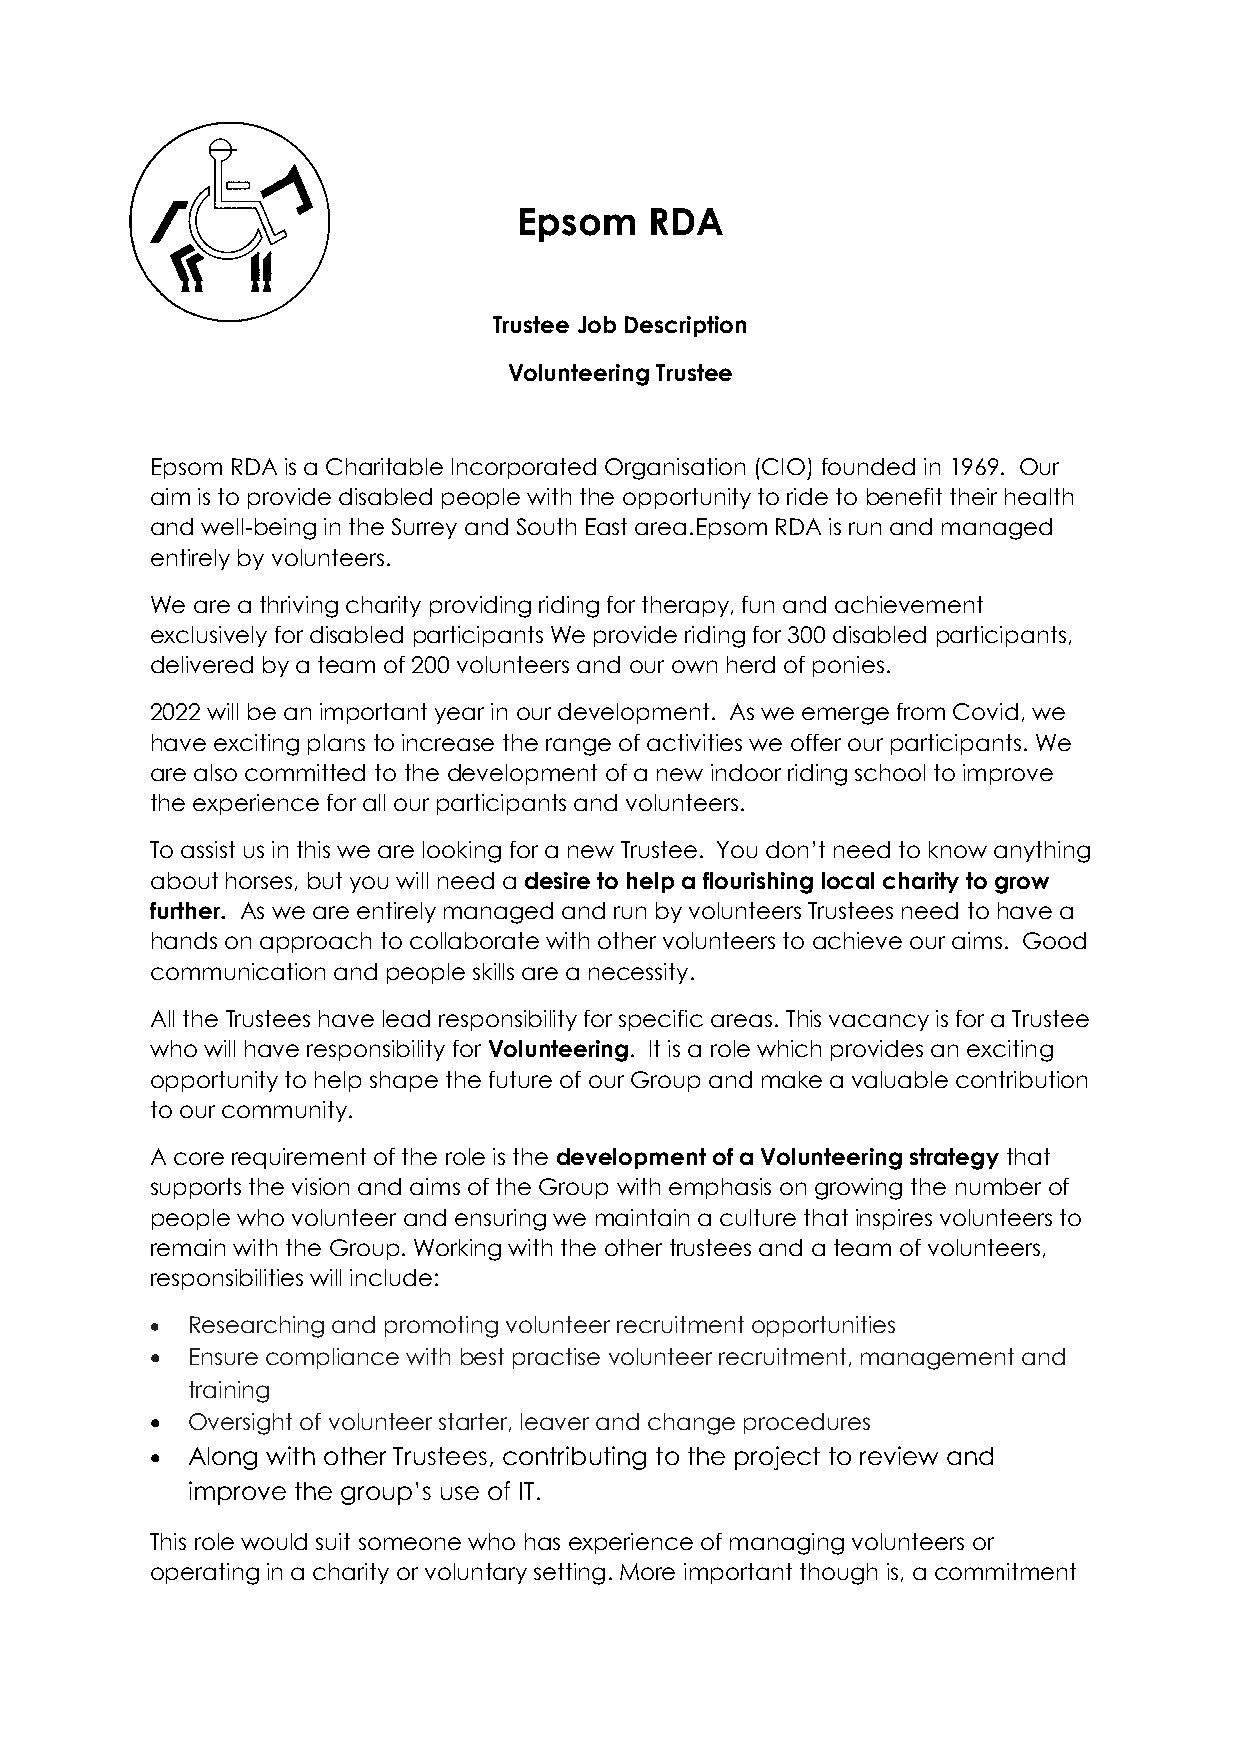
Epsom    RDA
 Trustee Job Description
 Volunteering Trustee
 Epsom RDA is a Charitable Incorporated Organisation (CIO) founded in 1969. Our
 aim is to provide disabled people with the opportunity to ride to benefit their health
 and well-being in the Surrey and South East area.Epsom RDA is run and managed
 entirely by volunteers.
 We are a thriving charity providing riding for therapy, fun and achievement
 exclusively for disabled participants We provide riding for 300 disabled participants,
 delivered by a team of 200 volunteers and our own herd of ponies.
 2022 will be an important year in our development. As we emerge from Covid, we
 have exciting plans to increase the range of activities we offer our participants. We
 are also committed to the development of a new indoor riding school to improve
 the experience for all our participants and volunteers.
 To assist us in this we are looking for a new Trustee. You don’t need to know anything
 about horses, but you will need a desire to help a flourishing local charity to grow
 further. As we are entirely managed and run by volunteers Trustees need to have a
 hands on approach to collaborate with other volunteers to achieve our aims. Good
 communication and people skills are a necessity.
 All the Trustees have lead responsibility for specific areas. This vacancy is for a Trustee
 who will have responsibility for Volunteering. It is a role which provides an exciting
 opportunity to help shape the future of our Group and make a valuable contribution
 to our community.
 A core requirement of the role is the development of a Volunteering strategy that
 supports the vision and aims of the Group with emphasis on growing the number of
 people who volunteer and ensuring we maintain a culture that inspires volunteers to
 remain with the Group. Working with the other trustees and a team of volunteers,
 responsibilities will include:
 • Researching and promoting volunteer recruitment opportunities
 • Ensure compliance with best practise volunteer recruitment, management and
 training
 • Oversight of volunteer starter, leaver and change procedures
 • Along with other Trustees, contributing to the project to review and
 improve the group’s use of IT.
 This role would suit someone who has experience of managing volunteers or
 operating in a charity or voluntary setting. More important though is, a commitment